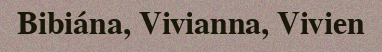
Bibiána, Vivianna, Vivien